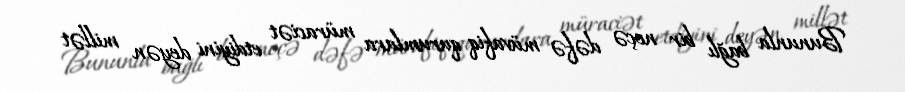
Bununla bağlı bir neçə dəfə müvafiq qurumlara müraciət etdiyini deyən millət